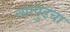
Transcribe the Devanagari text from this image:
त्यापुढचा